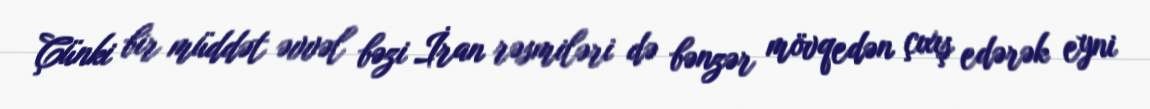
Çünki bir müddət əvvəl bəzi İran rəsmiləri də bənzər mövqedən çıxış edərək eyni